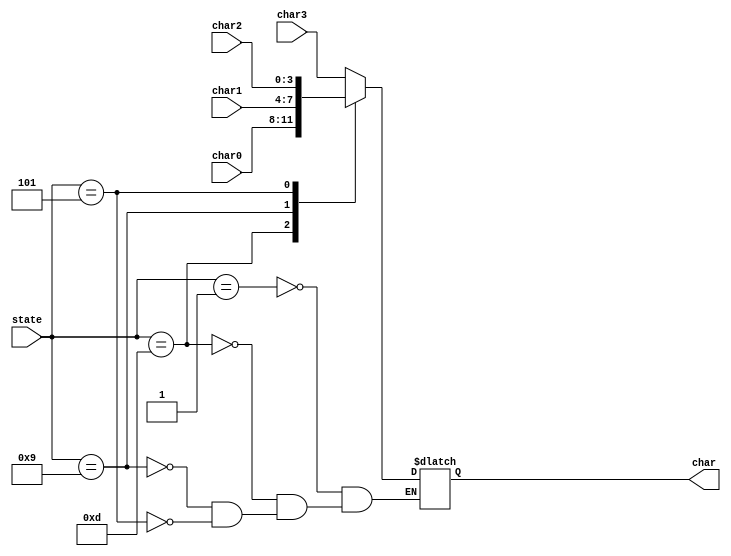
module DigitSelection(char0, char1, char2 , char3, state, char);

input [3:0] char0, char1, char2, char3;
input [3:0] state;
output reg [3:0] char;


always@(*)begin	
	case(state)
		4'b0001: char = char3;
		4'b1101: char = char0;
		4'b1001: char = char1;
		4'b0101: char = char2;
		default: char = char;
	endcase
end

endmodule